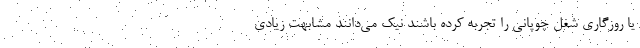
یا روزگاری شغل چوپانی را تجربه کرده باشند نیک می‌دانند مشابهت زیادی